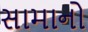
સામાનો